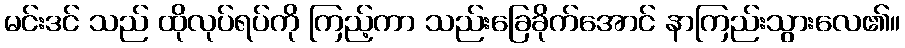
မင်းဒင် သည် ထိုလုပ်ရပ်ကို ကြည့်ကာ သည်းခြေခိုက်အောင် နာကြည်းသွားလေ၏။